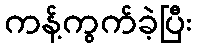
ကန့်ကွက်ခဲ့ပြီး